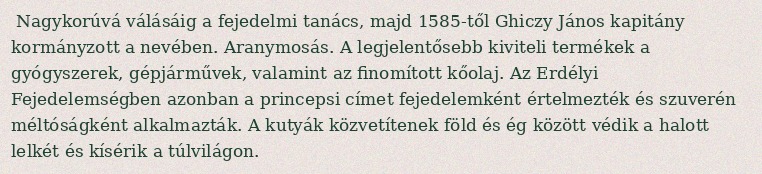
Nagykorúvá válásáig a fejedelmi tanács, majd 1585-től Ghiczy János kapitány kormányzott a nevében. Aranymosás. A legjelentősebb kiviteli termékek a gyógyszerek, gépjárművek, valamint az finomított kőolaj. Az Erdélyi Fejedelemségben azonban a princepsi címet fejedelemként értelmezték és szuverén méltóságként alkalmazták. A kutyák közvetítenek föld és ég között védik a halott lelkét és kísérik a túlvilágon.